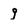
Character: g